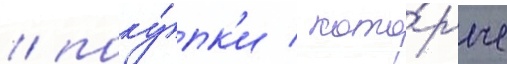
/ поку́пк'и / кото́рые